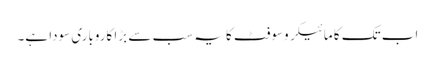
اب تک کا مائیکروسوفٹ کا یہ سب سے بڑا کاروباری سودا ہے۔